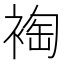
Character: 裪